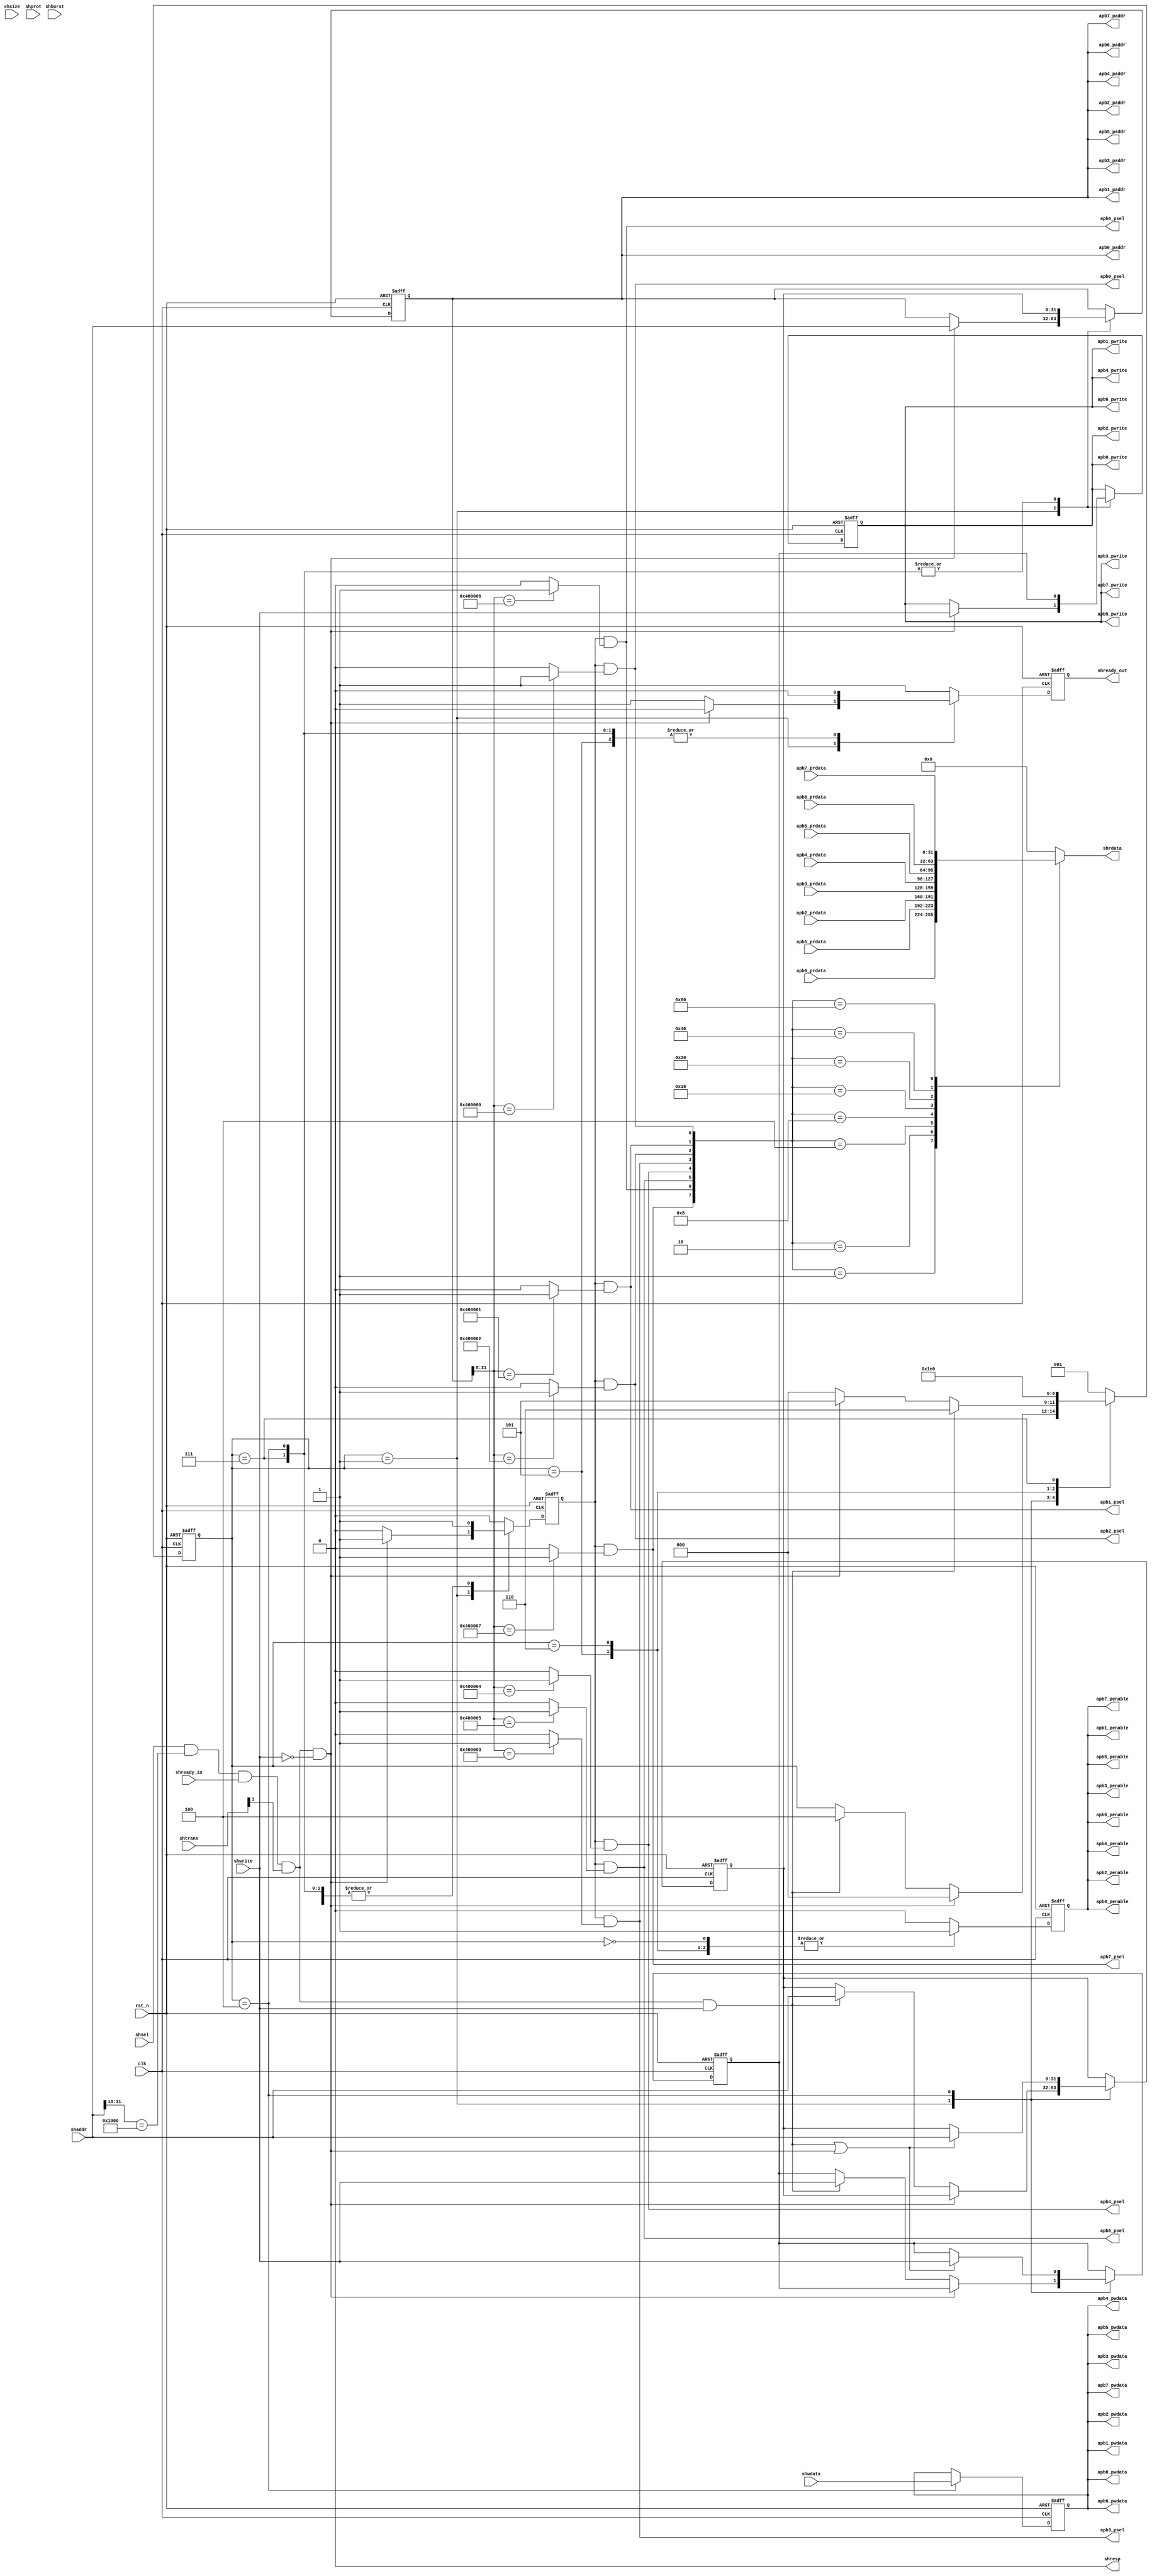

//************************************************************************//
//PODES:    Processor Optimization for Deeply Embedded System                                                                 
//Web:      http://www.mcucore.org                        
//Bug report: sunyata.peng@foxmail.com                                                                          
//Q_Q:   2143971503         
//************************************************************************//
//                                                                          
//  AMY_M0O - A demo MCU based on PODES_M0O Core                              
//                                      
//                                                                  
//************************************************************************//
// Version     : 1.0
// Description : AHB to APB bus bridge module.
//
// -----------------------------History-----------------------------------//
// Date      BY   Version  Change Description
//
// 20200101  PODES   1.0      Initial Release. 
//                                                                        
//************************************************************************//
// --- CVS information:
// ---    $Author: $
// ---    $Revision: $
// ---    $Id: $
// ---    $Log$ 
//
//************************************************************************//

module  ahb2apb
(
        //Ahb clock & reset
          clk,
          rst_n,
        
        //Ahb slave interface
          shready_in,
          shsel,
          shaddr,
          shtrans,
          shwrite,
          shwdata,
          shsize,
          shburst,
          shprot,         
          shrdata,
          shready_out,
          shresp,
          
          apb0_psel    ,
          apb0_penable ,
          apb0_paddr   ,
          apb0_pwrite  ,
          apb0_pwdata  ,
          apb0_prdata  ,
     
          apb1_psel    ,    
          apb1_penable ,    
          apb1_paddr   ,    
          apb1_pwrite  ,
          apb1_pwdata  ,
          apb1_prdata  ,
          
          apb2_psel    ,    
          apb2_penable ,    
          apb2_paddr   ,    
          apb2_pwrite  ,
          apb2_pwdata  ,
          apb2_prdata  ,
          
          apb3_psel    ,    
          apb3_penable ,    
          apb3_paddr   ,    
          apb3_pwrite  ,
          apb3_pwdata  ,
          apb3_prdata  ,
          
          apb4_psel    ,
          apb4_penable ,
          apb4_paddr   ,
          apb4_pwrite  ,
          apb4_pwdata  ,
          apb4_prdata  ,
     
          apb5_psel    ,    
          apb5_penable ,    
          apb5_paddr   ,    
          apb5_pwrite  ,
          apb5_pwdata  ,
          apb5_prdata  ,
          
          apb6_psel    ,    
          apb6_penable ,    
          apb6_paddr   ,    
          apb6_pwrite  ,
          apb6_pwdata  ,
          apb6_prdata  ,
          
          apb7_psel    ,    
          apb7_penable ,    
          apb7_paddr   ,    
          apb7_pwrite  ,
          apb7_pwdata  ,
          apb7_prdata  
       );

//-----------------------------------------------------------//
//                          PARAMETERS                       //
//-----------------------------------------------------------//
// 
parameter IDLE_ENABLE       = 3'b001;
parameter SETUP             = 3'b000;
parameter PR_SETUP          = 3'b100;
parameter B2B_SETUP         = 3'b101;
parameter W2W_SETUP         = 3'b110; 
parameter W2W_ENABLE        = 3'b100;
parameter B2B_ENABLE        = 3'b111;
     
//-----------------------------------------------------------//
//                      INPUTS/OUTPUTS                       //
//-----------------------------------------------------------//  
input          clk;
input          rst_n;

input           shready_in;
input           shsel;
input  [31:0]   shaddr;
input  [1:0]    shtrans;
input           shwrite;
input  [31:0]   shwdata;
input  [2:0]    shsize;  
input  [2:0]    shburst;   
input  [3:0]    shprot;  
output [31:0]   shrdata;           
output          shready_out;
output          shresp;

output          apb0_psel     ;
output          apb0_penable  ;
output  [31:0]  apb0_paddr    ;
output          apb0_pwrite   ;
output  [31:0]  apb0_pwdata   ;
input   [31:0]  apb0_prdata   ;
               
output          apb1_psel       ;    
output          apb1_penable    ;    
output  [31:0]  apb1_paddr      ;    
output          apb1_pwrite     ;
output  [31:0]  apb1_pwdata     ;
input   [31:0]  apb1_prdata     ;

output          apb2_psel     ;
output          apb2_penable  ;
output  [31:0]  apb2_paddr    ;
output          apb2_pwrite   ;
output  [31:0]  apb2_pwdata   ;
input   [31:0]  apb2_prdata   ;
               
output          apb3_psel       ;    
output          apb3_penable    ;    
output  [31:0]  apb3_paddr      ;    
output          apb3_pwrite     ;
output  [31:0]  apb3_pwdata     ;
input   [31:0]  apb3_prdata     ;

output          apb4_psel     ;
output          apb4_penable  ;
output  [31:0]  apb4_paddr    ;
output          apb4_pwrite   ;
output  [31:0]  apb4_pwdata   ;
input   [31:0]  apb4_prdata   ;
               
output          apb5_psel       ;    
output          apb5_penable    ;    
output  [31:0]  apb5_paddr      ;    
output          apb5_pwrite     ;
output  [31:0]  apb5_pwdata     ;
input   [31:0]  apb5_prdata     ;

output          apb6_psel     ;
output          apb6_penable  ;
output  [31:0]  apb6_paddr    ;
output          apb6_pwrite   ;
output  [31:0]  apb6_pwdata   ;
input   [31:0]  apb6_prdata   ;
               
output          apb7_psel       ;    
output          apb7_penable    ;    
output  [31:0]  apb7_paddr      ;    
output          apb7_pwrite     ;
output  [31:0]  apb7_pwdata     ;
input   [31:0]  apb7_prdata     ;


//-----------------------------------------------------------//
//                    REGISTERS & WIRES                      //
//-----------------------------------------------------------//

reg [31:0]   shrdata;  

reg  [2:0]    current_state;
reg           shready_out;
reg           penable;
reg  [31:0]   paddr;
reg           pwrite;
reg           psel;
reg  [31:0]   shaddr_buf1;
reg           shwrite_buf1;
reg  [31:0]   pwdata; 

reg  [2:0]    next_state;
reg           nxt_shready_out;
reg           nxt_penable;
reg  [31:0]   nxt_paddr;
reg           nxt_pwrite;
reg           nxt_psel;
reg  [31:0]   nxt_shaddr_buf1;
reg           nxt_shwrite_buf1;
reg  [31:0]   nxt_pwdata; 


//-----------------------------------------------------------//
//                          ARCHITECTURE                     //
//-----------------------------------------------------------//  
//access type: single read and write; burst read and write; back2back write/read
//data type: only 32bit access is valid. lowest 2bits of address are ignored. shsize is ignored.
//Address range:
//APB0: 0x4000_0000 ~ 0x4000_00ff;
//APB1: 0x4000_0100 ~ 0x4000_01ff;
//APB2: 0x4000_0200 ~ 0x4000_02ff;
//APB3: 0x4000_0300 ~ 0x4000_03ff;
//APB4: 0x4000_0400 ~ 0x4000_04ff;
//APB5: 0x4000_0500 ~ 0x4000_05ff;
//APB6: 0x4000_0600 ~ 0x4000_06ff;
//APB7: 0x4000_0700 ~ 0x4000_07ff;
//Others, reserved. To be added.


wire apb_access_hit = shsel & shaddr[31:18] == 14'b0100_0000_0000_00;
wire read_access  = apb_access_hit & shready_in & shtrans[1] & (~shwrite);
wire write_access = apb_access_hit & shready_in & shtrans[1] & shwrite;

//back2back + WR2WR + RD2RD
always @ (*)
begin    
    next_state = current_state;
    nxt_shready_out = 1'b1;
    nxt_penable = 1'b0;
    nxt_paddr = paddr;
    nxt_pwrite = pwrite;
    nxt_psel = 1'b0;
    
    nxt_shaddr_buf1 = shaddr_buf1;
    nxt_shwrite_buf1 = shwrite_buf1;
    nxt_pwdata = pwdata; 
    
   
    case (current_state)
    IDLE_ENABLE: //Idle or Read Enable state.
        begin
          if(read_access ) 
          begin
            next_state = SETUP;
            nxt_shready_out = 1'b0;
            nxt_penable = 1'b0;
            nxt_paddr = shaddr;
            nxt_pwrite = shwrite;
            nxt_psel = 1'b1;
          end
          else if (write_access)
          begin
            next_state = PR_SETUP; 
            nxt_shready_out = 1'b1;
            nxt_penable = 1'b0;
            nxt_shaddr_buf1 = shaddr;
            nxt_shwrite_buf1 = shwrite;
            nxt_psel = 1'b0;
          end
        end
    PR_SETUP,//Wait for data
    W2W_ENABLE: //APB write phase.
        begin
          nxt_shready_out = 1'b0;
          nxt_penable = 1'b0;   
          nxt_paddr = shaddr_buf1;
          nxt_pwrite = shwrite_buf1;
          nxt_pwdata = shwdata;  
          nxt_psel = 1'b1;
          if (write_access || read_access)
          begin
            nxt_shaddr_buf1 = shaddr;
            nxt_shwrite_buf1 = shwrite;
          end 
          next_state = write_access ? W2W_SETUP : (read_access ? B2B_SETUP : SETUP);  
        end
    B2B_SETUP:
        begin
          next_state = B2B_ENABLE;
          nxt_shready_out = 1'b0;
          nxt_penable = 1'b1;    
          nxt_psel = 1'b1;      
        end
    W2W_SETUP:
        begin
          next_state = W2W_ENABLE;
          nxt_shready_out = 1'b1;
          nxt_penable = 1'b1; 
          nxt_psel = 1'b1;         
        end
    SETUP:
        begin
          next_state = IDLE_ENABLE;
          nxt_shready_out =  1'b1;
          nxt_penable = 1'b1;       
          nxt_psel = 1'b1;   
        end
    B2B_ENABLE:
        begin
          nxt_shready_out = 1'b0;
          nxt_penable = 1'b0;   
          nxt_paddr = shaddr_buf1;
          nxt_pwrite = shwrite_buf1;  
          nxt_psel = 1'b1;        
          next_state = SETUP;    
        end
    default:
        begin
          next_state = IDLE_ENABLE;  
          nxt_shready_out = 1'b1;
          nxt_penable = 1'b0; 
          nxt_psel = 1'b0;             
        end
    endcase  

end



always @(posedge clk or negedge rst_n)
begin
    if (~rst_n)
    begin
      current_state <= IDLE_ENABLE;
      shready_out    <= 1'b1;
      penable       <= 1'b0;
      paddr         <= 32'h0;
      pwrite        <= 1'b0;
      psel          <= 1'b0;
      
      shaddr_buf1   <= 32'h0;
      shwrite_buf1  <= 1'b0;
      pwdata        <= 32'h0; 
    end
    else 
    begin 
      current_state <= next_state;
      shready_out   <= nxt_shready_out; 
      penable       <= nxt_penable;
      paddr         <= nxt_paddr;
      pwrite        <= nxt_pwrite;
      psel          <= nxt_psel;
                                        
      shaddr_buf1   <= nxt_shaddr_buf1;
      shwrite_buf1  <= nxt_shwrite_buf1; 
      pwdata        <= nxt_pwdata;
    end                                 
end

  
assign apb0_psel = psel & ((paddr[31:8] == 24'h4000_00) ? 1'b1 : 1'b0);
assign apb0_paddr = paddr;
assign apb0_penable = penable;
assign apb0_pwrite = pwrite;
assign apb0_pwdata = pwdata;  
  
assign apb1_psel = psel & ((paddr[31:8] == 24'h4000_01) ? 1'b1 : 1'b0);
assign apb1_paddr = paddr;
assign apb1_penable = penable;
assign apb1_pwrite = pwrite;
assign apb1_pwdata = pwdata; 
 
assign apb2_psel = psel & ((paddr[31:8] == 24'h4000_02) ? 1'b1 : 1'b0);
assign apb2_paddr = paddr;
assign apb2_penable = penable;
assign apb2_pwrite = pwrite;
assign apb2_pwdata = pwdata; 
 
assign apb3_psel = psel & ((paddr[31:8] == 24'h4000_03) ? 1'b1 : 1'b0);
assign apb3_paddr = paddr;
assign apb3_penable = penable;
assign apb3_pwrite = pwrite;
assign apb3_pwdata = pwdata;  

assign apb4_psel = psel & ((paddr[31:8] == 24'h4000_04) ? 1'b1 : 1'b0);
assign apb4_paddr = paddr;
assign apb4_penable = penable;
assign apb4_pwrite = pwrite;
assign apb4_pwdata = pwdata;  
  
assign apb5_psel = psel & ((paddr[31:8] == 24'h4000_05) ? 1'b1 : 1'b0);
assign apb5_paddr = paddr;
assign apb5_penable = penable;
assign apb5_pwrite = pwrite;
assign apb5_pwdata = pwdata; 
 
assign apb6_psel = psel & ((paddr[31:8] == 24'h4000_06) ? 1'b1 : 1'b0);
assign apb6_paddr = paddr;
assign apb6_penable = penable;
assign apb6_pwrite = pwrite;
assign apb6_pwdata = pwdata; 
 
assign apb7_psel = psel & ((paddr[31:8] == 24'h4000_07) ? 1'b1 : 1'b0);
assign apb7_paddr = paddr;
assign apb7_penable = penable;
assign apb7_pwrite = pwrite;
assign apb7_pwdata = pwdata;  


always @(*)
begin
  case ({apb7_psel,apb6_psel,apb5_psel,apb4_psel,apb3_psel,apb2_psel,apb1_psel,apb0_psel})
    8'b0000_0001: shrdata <= apb0_prdata;
    8'b0000_0010: shrdata <= apb1_prdata;
    8'b0000_0100: shrdata <= apb2_prdata;
    8'b0000_1000: shrdata <= apb3_prdata;
    8'b0001_0000: shrdata <= apb4_prdata;
    8'b0010_0000: shrdata <= apb5_prdata;
    8'b0100_0000: shrdata <= apb6_prdata;
    8'b1000_0000: shrdata <= apb7_prdata;
    default: shrdata <= 32'b0;
  endcase
end  

assign shresp = 1'b0;


endmodule